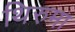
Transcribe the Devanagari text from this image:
थिरुमा